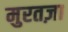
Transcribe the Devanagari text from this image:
मुरतज़ा